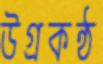
উগ্রকন্ঠ